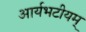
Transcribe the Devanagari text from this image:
आर्यभटीयम्‌